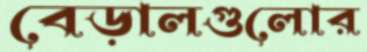
বেড়ালগুলোর